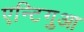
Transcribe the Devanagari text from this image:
एन्टिगुआ